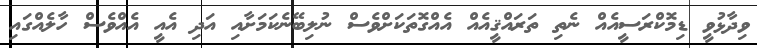
ވިދާޅުވީ ޑިމޮކްރަސީއެއް ނެތި ތަރައްޤީއެއް އެއްގޮތަކަށްވެސް ނުލިބޭނެކަމަށާއި އަދި އެއީ އެއްވެސް ހާލެއްގައި